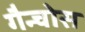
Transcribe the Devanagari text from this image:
गैन्चोस